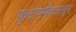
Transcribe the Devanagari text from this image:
फुटांपर्यंतअसून